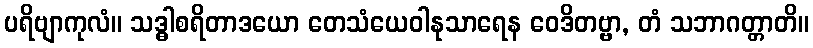
ပရိဗျာကုလံ။ သဒ္ဓါစရိတာဒယော တေသံယေဝါနုသာရေန ဝေဒိတဗ္ဗာ, တံ သဘာဂတ္တာတိ။